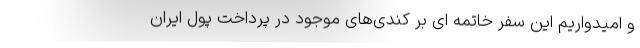
و امیدواریم این سفر خاتمه ای بر کندی‌های موجود در پرداخت پول ایران